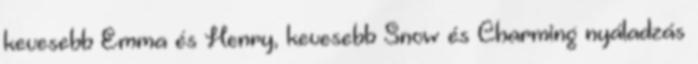
kevesebb Emma és Henry, kevesebb Snow és Charming nyáladzás